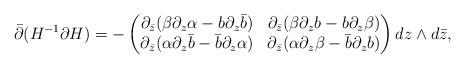
\begin{align*}\bar \partial (H^{-1} \partial H)= -\begin{pmatrix} \partial_{\bar z} (\beta \partial_z \alpha - b \partial_z \bar b) & \partial_{\bar z} (\beta \partial_z b - b \partial_z \beta) \\ \partial_{\bar z} (\alpha \partial_z \bar b-\bar b \partial_z \alpha) & \partial_{\bar z} (\alpha \partial_z \beta-\bar b \partial_z b) \end{pmatrix} d z \wedge d \bar z,\end{align*}